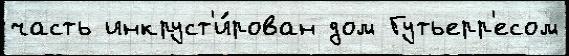
часть инкруст'и́рован дом Гутьерр'есом